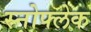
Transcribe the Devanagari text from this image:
स्नोफ्लेक